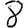
Digit: 8